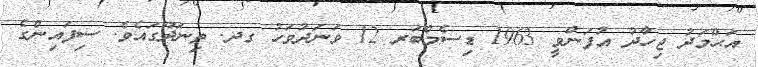
އަޙްމަދު ޖިހާދު އުފަންވީ 1963 ޑިސެމްބަރ 12 ވަނަދުވަހު ގދ. ތިނަދޫގައެވެ. ސިފައިންގެ